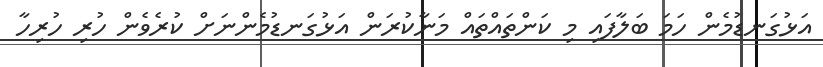
އަޅުގަނޑުމެން ހަމަ ބަލާފައި މި ކަންތައްތައް މަނާކުރަން އަޅުގަނޑުމެންނަށް ކުރެވެން ހުރި ހުރިހާ